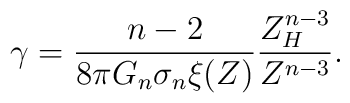
\gamma = \frac{n-2}{8\pi G_n\sigma_n\xi(Z)}\frac{Z_H^{n-3}}{Z^{n-3}}.